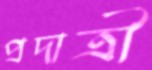
প্রদাত্রী